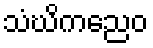
သံဃိကညေဝ